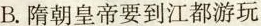
B.隋朝皇帝要到江都游玩